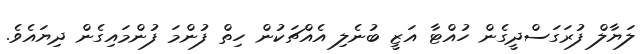
ލަޔާލް ފުރަގަސްދީގެން ހުއްޓާ އަޒީ ބުނެލި އެއްޗަކުން ހިތް ފުންމަ ފުންމައިގެން ދިޔައެވެ.